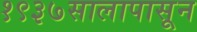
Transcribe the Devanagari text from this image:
१९३७सालापासून